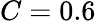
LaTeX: C=0.6